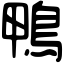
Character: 鴨